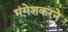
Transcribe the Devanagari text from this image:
मंगेशकरने